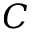
C